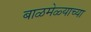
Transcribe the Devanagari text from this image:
बाळमेळ्याच्या